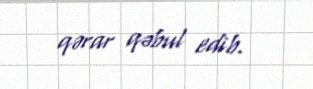
qərar qəbul edib.